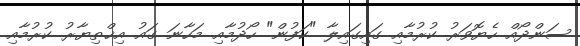
ސަންދޯއް ހެޔޮވަރު ކުރުމާއި ގައިގައިލާ "ކަފުން" ހޯދުމާއި މަހާނަ ގައު އިޚްތިޔާރު ކުރުމާއި